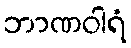
ဘာဏဝါရံ